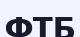
ФТБ